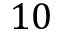
1 0